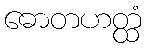
ဓောတဟတ္ထံ